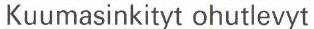
Kuumasinkityt ohutlevyt